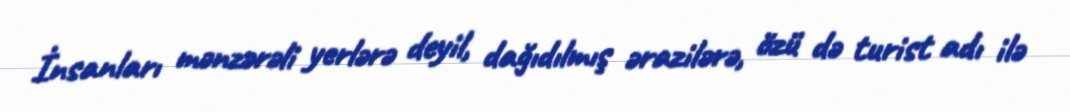
İnsanları mənzərəli yerlərə deyil, dağıdılmış ərazilərə, özü də turist adı ilə